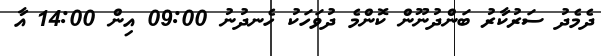
ދެމެދު ސަރުކާރު ބަންދުނޫން ކޮންމެ ދުވަހަކު ހެނދުނު 09:00 އިން 14:00 އާ